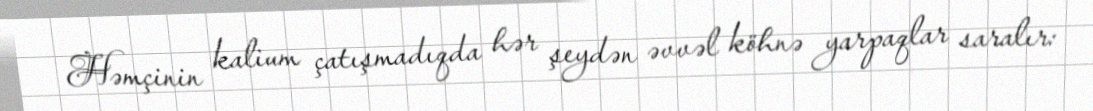
Həmçinin kalium çatışmadıqda hər şeydən əvvəl köhnə yarpaqlar saralır: